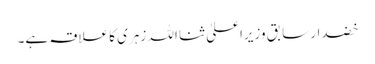
خضدار سابق وزیراعلیٰ ثنا اللہ زہری کا علاقہ ہے۔